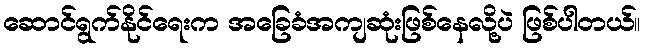
ဆောင်ရွက်နိုင်ရေးက အခြေခံအကျဆုံးဖြစ်နေလို့ပဲ ဖြစ်ပါတယ်။